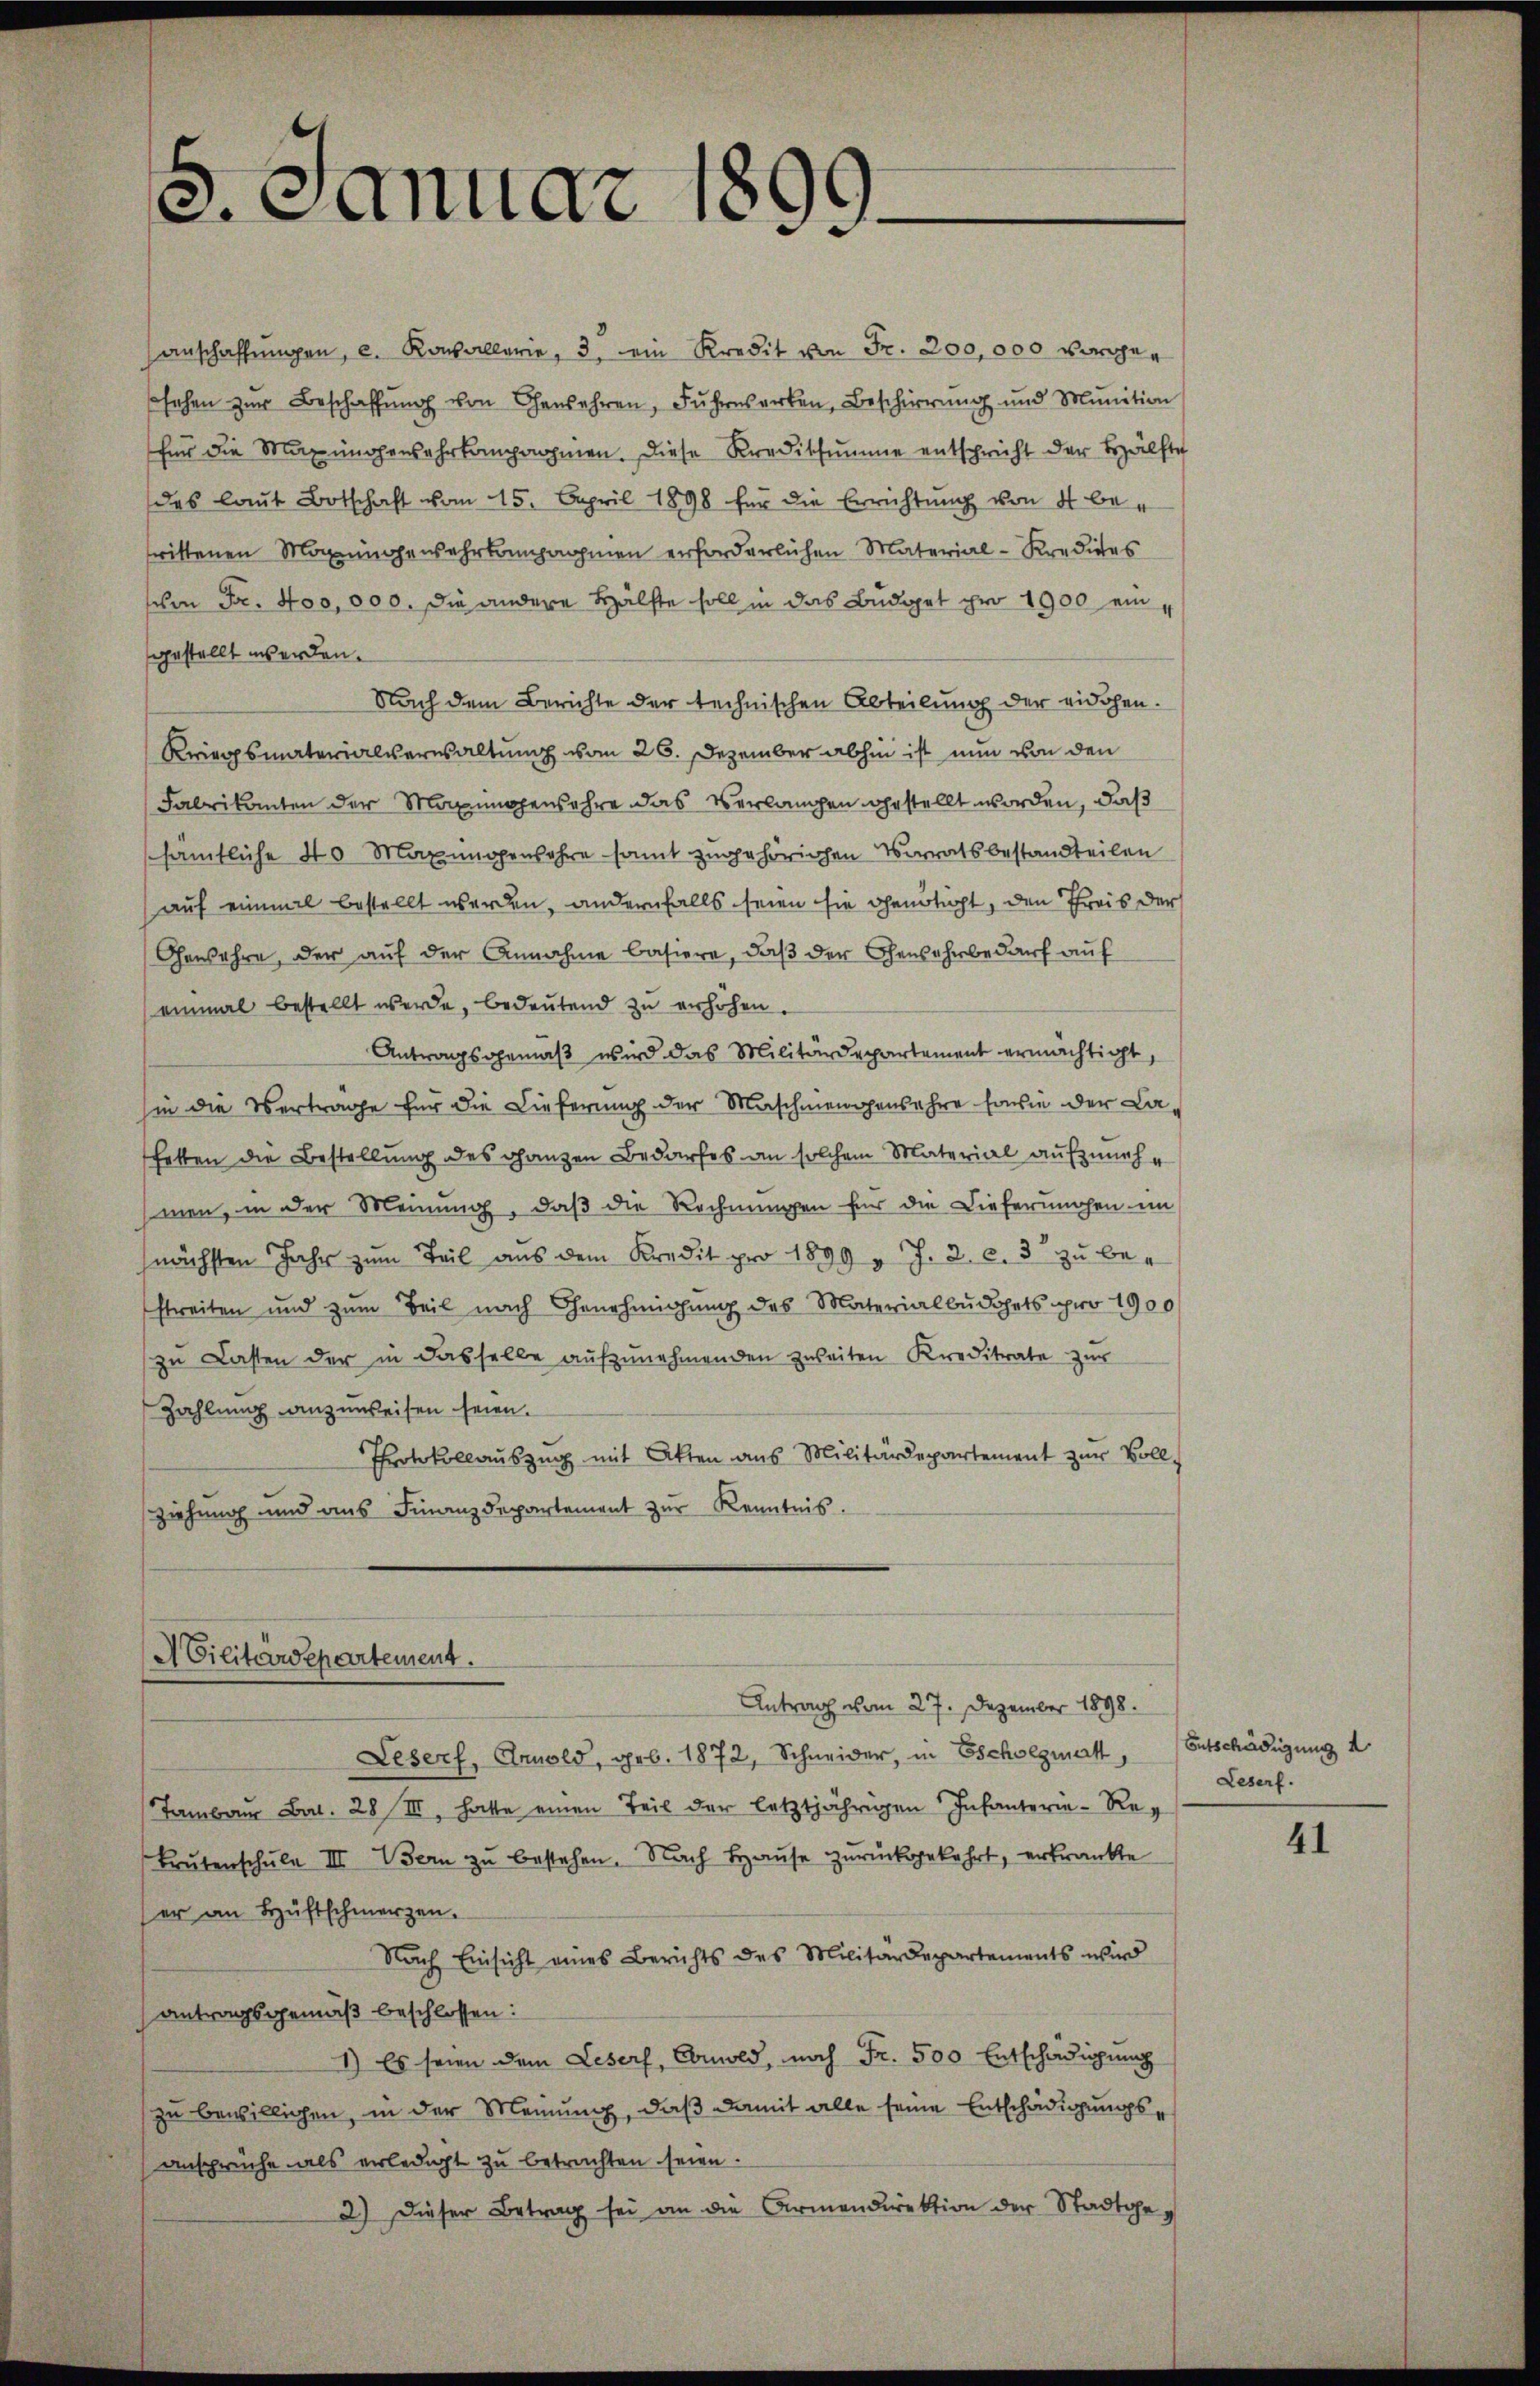
anschaffŭngen, c. Kasallerie, 3. ein Kredit von Fr. 200,000 vorgen
ssehen zŭr Beschaffŭng von Gewehren, Fŭhresarten, Beschirrŭng und Munition
für die Manungensahrkampanien. Diese Kreditsumme entschricht der Hälfte
das laut Botschaft vom 15. April 1898 für die Errichtung von 4 betrittenen Manungewehrkampnohmen erforderlichen Material-Kredites
schon Fr. too, 000. die andere Hälfte soll in das Budget pro 1900 eingestellt werden.
Nach dem Berichte der technischen Abteilung der eidgen.
Kriegsmaterialverwaltung vom 26. Dezember abhin ist nun von den
Fabrikanten der Maxinggenbahre das Verlangen gestellt worden, daß
sämtliche 40 Manungensahre samt zugehörigen Vorratsbestandteilen
auf einmal bestellt werden, andernfalls seien sie genötigt, den Preis der
Gewahre, der auf der Annahme basiere, daß der Genehrbedarf auf
einmal bestellt werde, bedeŭtend zu erhöhen.
Antragsgemäß wird das Militärdepartement ermächtigt,
sie die Vertrage für die Lieferung der Maschmendensehre sowie der La-
hetten die Bestellung des ganzen Bedarfes an solchem Material aufzunehe
men, in der Meinung, daß die Rechnungen für die Dieferungen im
J. 2. l. 3 zu benächsten Jahr zum Teil aus dem Kredit pro 1899
streiten und zum Teil nach Genehmigung des Materialbüdgets pro 1900
zu Lasten der in dasselbe aufzunehmenden zweiten Kreditate zur
Zahlung anzuweisen seien.
Protokollauszug mit Akten aus Militärdepartement zur Vollziehung und aus Finanzdepartement zur Kenntnis.

e. Januar 1

ACilitärdepartement.

Antrag vom 27. Dezember 1898.
Lesers, Arnold, geb. 1872, Schneider, in Escholzmatt, Entschädigung d
Tambau Art. 28 III, hatte einen Teil der letztjährigen Infanterie-Re¬
Brŭberschŭle III Bern zŭ bestehen. Nach Hause zurückgekehrt, erkrankte
er an Hüftschmerzen.
Nach Einsicht eines Berichts des Militärdepartements wird
antragsgemäß beschlossen:
1) Es seien dem Leser, Comold, nach Fr. 500 Entschädigung
u bewilligen, in der Meinung, daß damit alle seine Entschädigungsansprüche als erledigt zu betrachten seien.
2.) Dieser Betrag sei an die Armendirektion der Stadtge¬

Leserf.

41